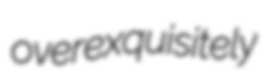
overexquisitely